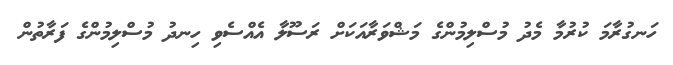
ހަނގުރާމަ ކުރުމާ މެދު މުސްލިމުންގެ މަޝްވަރާއަކަށް ރަސޫލާ އެއްސެވި ހިނދު މުސްލިމުންގެ ފަރާތުން